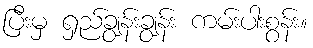
ပြီးမှ ရှည်ချွန်းချွန်း ကမ်းပါးစွန်း။